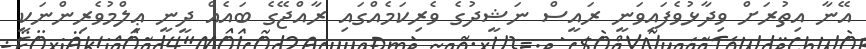
އޭނާ އިތުރަށް ވިދާޅުވެފައިވަނީ ރައީސް ނަޝީދުގެ ވެރިކަމެއްގައި ރާއްޖޭގެ ބައެއް ދީނީ ޢިލްމުވެރިންނަކީ